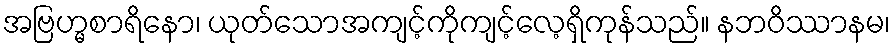
အဗြဟ္မစာရိနော၊ ယုတ်သောအကျင့်ကိုကျင့်လေ့ရှိကုန်သည်။ နဘဝိဿာနမ၊